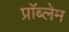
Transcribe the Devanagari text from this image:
प्राॅब्लेम